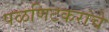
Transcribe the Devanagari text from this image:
पळणिटकरांचे